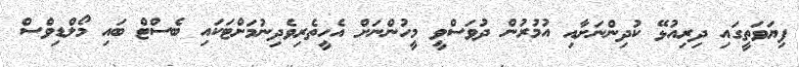
ފިޔަވަތީގައި ދިރިއުޅޭ ކުދިންނަށާއި އުމުރުން ދުވަސްވީ މީހުންނަށް އެހީތެރިވެދިނުމަށްޓަކައި ބެސްޓް ބައި މޯލްޑިވްސް